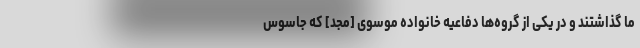
ما گذاشتند و در یکی از گروه‌ها دفاعیه خانواده موسوی [مجد] که جاسوس